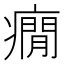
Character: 癇